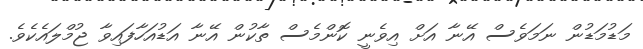
މަޑުމަޑުން ނަމަވެސް އޭނާ އަށް އިވެނީ ކޮންމެސް ތާކުން އޭނާ އަޑުއަހާފައިވާ ޖުމްލައެކެވެ.